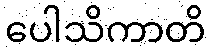
ပေါသိကာတိ